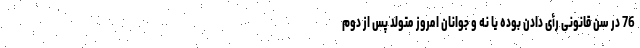
76 در سن قانونی رأی دادن بوده یا نه و جوانان امروز متولد پس از دوم